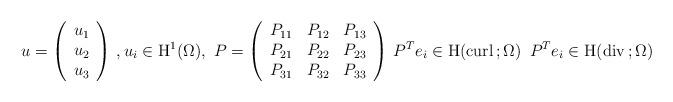
LaTeX: \begin{align*}u=\left(\begin{array}{c}u_1 \\u_2 \\u_3 \\\end{array}\right)\, , u_i\in {\rm H}^{1}(\Omega),\ P=\left(\begin{array}{ccc}P_{11} &P_{12}&P_{13}\\P_{21} &P_{22}&P_{23}\\P_{31} &P_{32}&P_{33}\end{array}\right)\, P^Te_i\in {\rm H}({\rm curl}\,; \Omega)\, \ P^Te_i\in {\rm H}({\rm div}\,; \Omega)\end{align*}